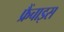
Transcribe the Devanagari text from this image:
फ्रैंचाइस